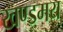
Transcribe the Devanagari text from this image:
खण्डमय